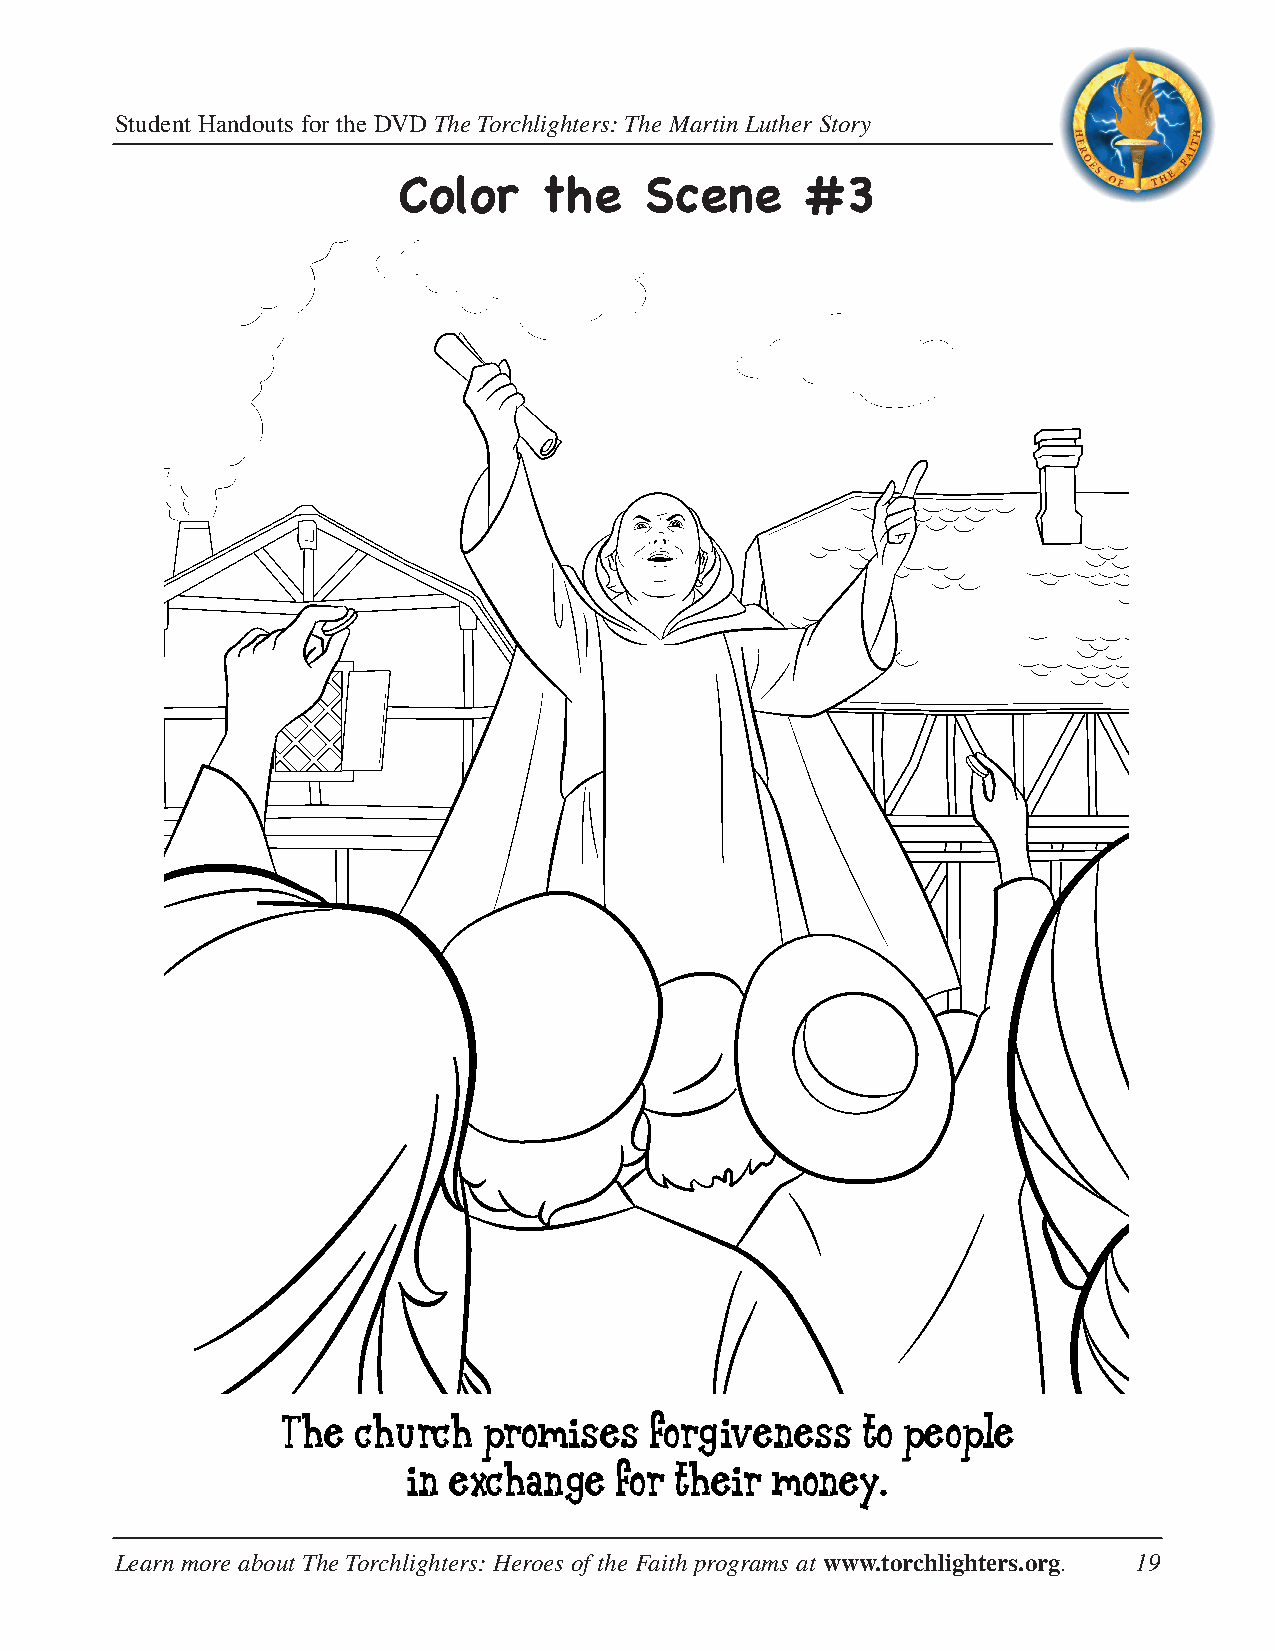
Student Handouts for the DVD The Torchlighters: The Martin Luther Story
 Color     the    Scene     #3
 TThhee cchhurrccchh ppprrooommiisseess ffoorrggiveeness to peooppllee
 in exxcchhaange ffor tthheir money.
 Learn more about The Torchlighters: Heroes of the Faith programs at www.torchlighters.org. 19